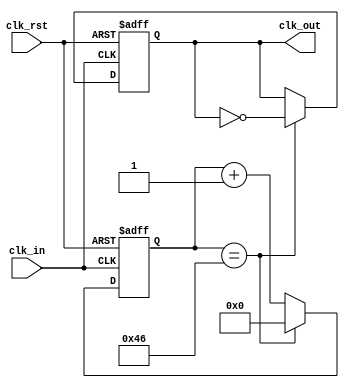
`timescale 1ns / 1ps
//////////////////////////////////////////////////////////////////////////////////
// Company: 
// Engineer: 
// 
// Design Name: 
// Module Name:    Divisor_Frec 
// Project Name: 
// Target Devices: 
// Tool versions: 
// Description: 
//
// Dependencies: 
//
// Revision: 
// Revision 0.01 - File Created
// Additional Comments: 
//
//////////////////////////////////////////////////////////////////////////////////
module Divisor_Frec(
 input wire clk_in,
 input wire clk_rst,
 output reg clk_out
 ); 
 
//Contador que genera la frecuencia de clock necesaria para el muestreo del DAC
 
reg [6:0] contador ; 

 
always @(posedge clk_in,posedge clk_rst) 

 begin
      if (clk_rst)
		   begin
		   clk_out <= 0;
			contador <= 0;
			end 
      else
          begin		
		    if (contador == 7'd70)  
		        begin                    
			     contador <=7'd0;       
		        clk_out <= ~clk_out;
		        end 
		     else 
		        contador <= contador + 1'b1; 
          end 
 end


endmodule